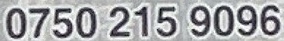
0750 215 9096